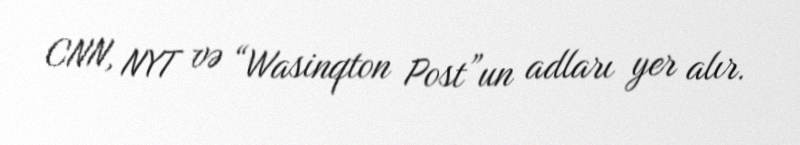
CNN, NYT və “Wasinqton Post”un adları yer alır.